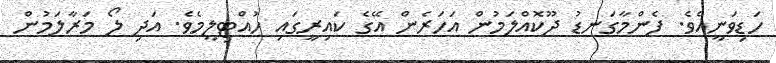
ހަޑިވަނީއެވެ. ފެންމާގަނޑު ދޫކޮއްލަމުން އަހަރެން އޭގެ ކައިރީގައި ހުއްޓިލީމެވެ. އަދި ލޯ މަރާލަމުން